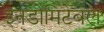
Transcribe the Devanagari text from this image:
इनडोमिटेबल